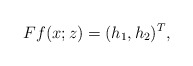
\begin{align*}Ff(x;z)=(h_{1},h_{2})^T,\end{align*}